Annual report of the Civil Veterinary Department, Bengal, and of the Bengal Veterinary College for the year 1904-1905 - 1904-1905
Year: 1904
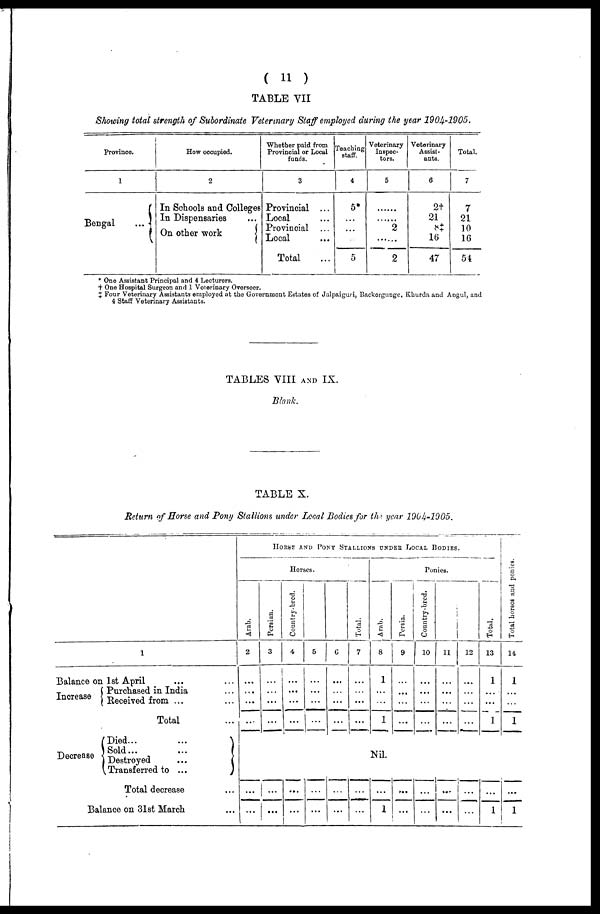
( 11 )
TABLE VII
Showing total strength of Subordinate Veterinary Staff employed during the year 1904-1905.
Province.
I
Bengal
...
How occupied.
2
In Schools and Colleges
In Dispensaries ...
On other work
Whether paid from
Provincial or Local
funds.
3
Provincial ...
Local ...
Provincial ...
Local
...
Total ...
Teaching
staff.
4
5*
...
...
...
5
Veterinary
Inspec-
tors.
5
......
......
2
......
2
Veterinary
Assist-
ants.
6
2†
21
8‡
16
47
Total.
7
7
21
10
16
54
* One Assistant Principal and 4 Lecturers.
† One Hospital Surgeon and 1 Veterinary Overseer.
‡ Four Veterinary Assistants employed at the Government Estates of Jalpaiguri, Backergungc, Khurda and Angul, and
4 Staff Veterinary Assistants.
TABLES VIII AND IX.
Blank.
TABLE X.
Return of Morse and Pony Stallions under Local Bodies for the year 1904-1905.
1
Balance on 1st April ... ...
Purchased in India ...
Increase
Received from ... ...
Total ...
Died...
...
Sold ... ...
Decrease Destroyed ...
Transferred to ...
Total decrease ...
Balance on 31st March ...
Arab.
2
...
...
...
...
...
...
HORSE AND PONY STALLIONS UNDER LOCAL BODIES.
Persian.
3
...
...
...
...
...
...
Horses.
Country-bred.
4
...
...
...
...
...
...
5
...
...
...
...
...
...
6
...
...
...
...
...
...
Total.
7
...
...
...
...
...
...
Arab.
8
1
...
...
1
Nil.
...
1
Persia.
9
...
...
...
...
...
...
Ponies.
Country-bred.
10
...
...
...
...
...
...
11
...
...
...
...
...
...
12
...
...
...
...
...
...
Total.
13
1
...
...
1
...
1
Total horses and ponies.
14
1
...
...
1
...
1